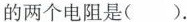
的两个电阻是( ).